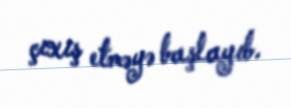
çıxış etməyə başlayıb.